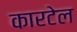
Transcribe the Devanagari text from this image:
कारटेल